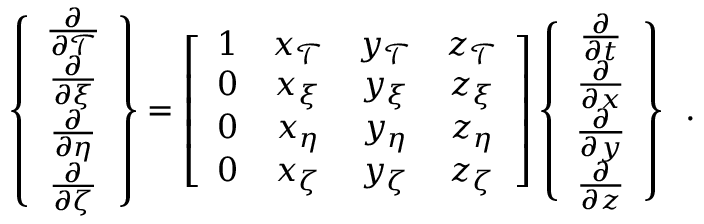
\left\{ \begin{array} { c } { \frac { \partial } { \partial \mathcal { T } } } \\ { \frac { \partial } { \partial \xi } } \\ { \frac { \partial } { \partial \eta } } \\ { \frac { \partial } { \partial \zeta } } \end{array} \right\} = \left[ \begin{array} { c c c c } { 1 } & { x _ { \mathcal { T } } } & { y _ { \mathcal { T } } } & { z _ { \mathcal { T } } } \\ { 0 } & { x _ { \xi } } & { y _ { \xi } } & { z _ { \xi } } \\ { 0 } & { x _ { \eta } } & { y _ { \eta } } & { z _ { \eta } } \\ { 0 } & { x _ { \zeta } } & { y _ { \zeta } } & { z _ { \zeta } } \end{array} \right] \left\{ \begin{array} { c } { \frac { \partial } { \partial t } } \\ { \frac { \partial } { \partial x } } \\ { \frac { \partial } { \partial y } } \\ { \frac { \partial } { \partial z } } \end{array} \right\} \, \mathrm { ~ . ~ }